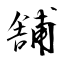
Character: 舗